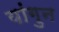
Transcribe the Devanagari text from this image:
यांगुन